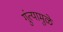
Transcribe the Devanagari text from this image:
गुंत्यामुळे